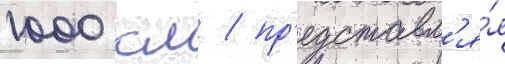
1000 км / пр'едставл'я́я